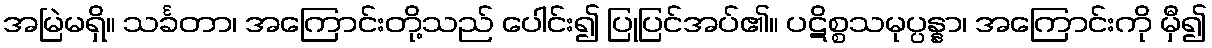
အမြဲမရှိ။ သင်္ခတာ၊ အကြောင်းတို့သည် ပေါင်း၍ ပြုပြင်အပ်၏။ ပဋိစ္စသမုပ္ပန္နာ၊ အကြောင်းကို မှီ၍